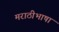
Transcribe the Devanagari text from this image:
मराठीभाषा